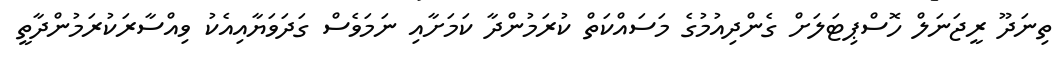
ތިނަދޫ ރީޖަނަލް ހޮސްޕިޓަލަށް ގެންދިއުމުގެ މަސައްކަތް ކުރަމުންދާ ކަމަށާއި ނަމަވެސް ގަދަވަޔާއިއެކު ވިއްސާރަކުރަމުންދާތީ